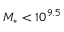
M _ { \ast } < 1 0 ^ { 9 . 5 }